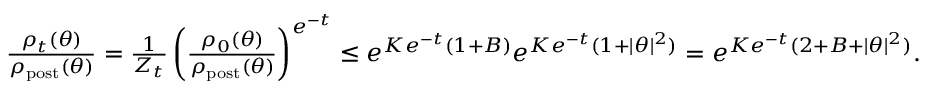
\begin{array} { r } { \frac { \rho _ { t } ( \theta ) } { \rho _ { \mathrm { p o s t } } ( \theta ) } = \frac { 1 } { Z _ { t } } \left( \frac { \rho _ { 0 } ( \theta ) } { \rho _ { \mathrm { p o s t } } ( \theta ) } \right) ^ { e ^ { - t } } \leq e ^ { K e ^ { - t } ( 1 + B ) } e ^ { K e ^ { - t } ( 1 + | \theta | ^ { 2 } ) } = e ^ { K e ^ { - t } ( 2 + B + | \theta | ^ { 2 } ) } . } \end{array}